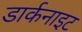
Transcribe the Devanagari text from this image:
डार्कनाइट